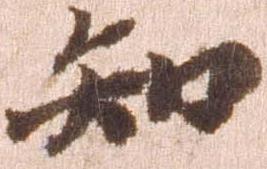
知